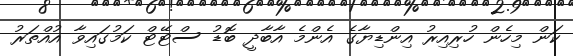
ކަން މިހެން ހުރިއިރު އިންޑިޔާގެ އެންމެ އާބާދީ ބޮޑު ސްޓޭޓް ކަމުގައިވާ އުއްތަރު